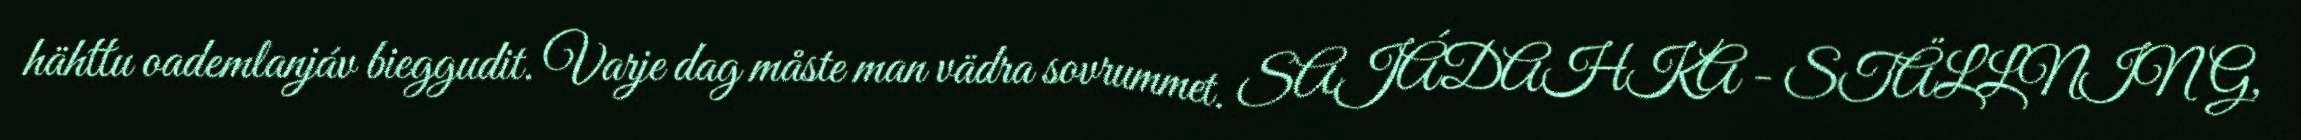
hähttu oademlanjáv bieggudit. Varje dag måste man vädra sovrummet. SAJÁDAHKA - STÄLLNING,